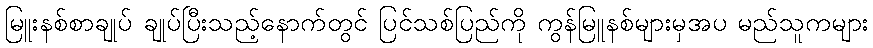
မြူးနစ်စာချုပ် ချုပ်ပြီးသည့်နောက်တွင် ပြင်သစ်ပြည်ကို ကွန်မြူနစ်များမှအပ မည်သူကများ